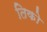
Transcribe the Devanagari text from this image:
तिको